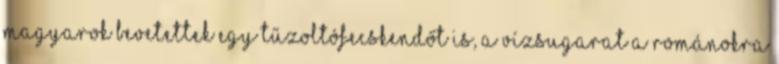
magyarok bevetettek egy tűzoltófecskendőt is, a vízsugarat a románokra